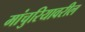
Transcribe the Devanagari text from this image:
मांचुरियावरील